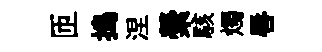
匝搗涅縈駭燭唇